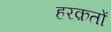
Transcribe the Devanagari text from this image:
हरक़तों